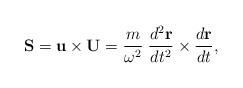
LaTeX: \begin{align*}{\bf S}={\bf u}\times{\bf U}={m\over\omega^2}\;{d^2{\bf r}\over dt^2}\times {d{\bf r}\over dt},\end{align*}